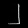
Digit: ၂